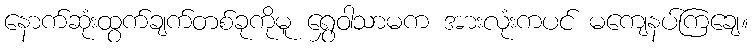
နောက်ဆုံးထွက်ချက်တစ်ခုကိုမူ ရွှေဝါသာမက အားလုံးကပင် မကျေနပ်ကြချေ။